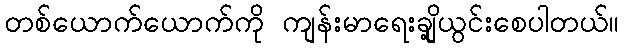
တစ်ယောက်ယောက်ကို ကျန်းမာရေးချို့ယွင်းစေပါတယ်။